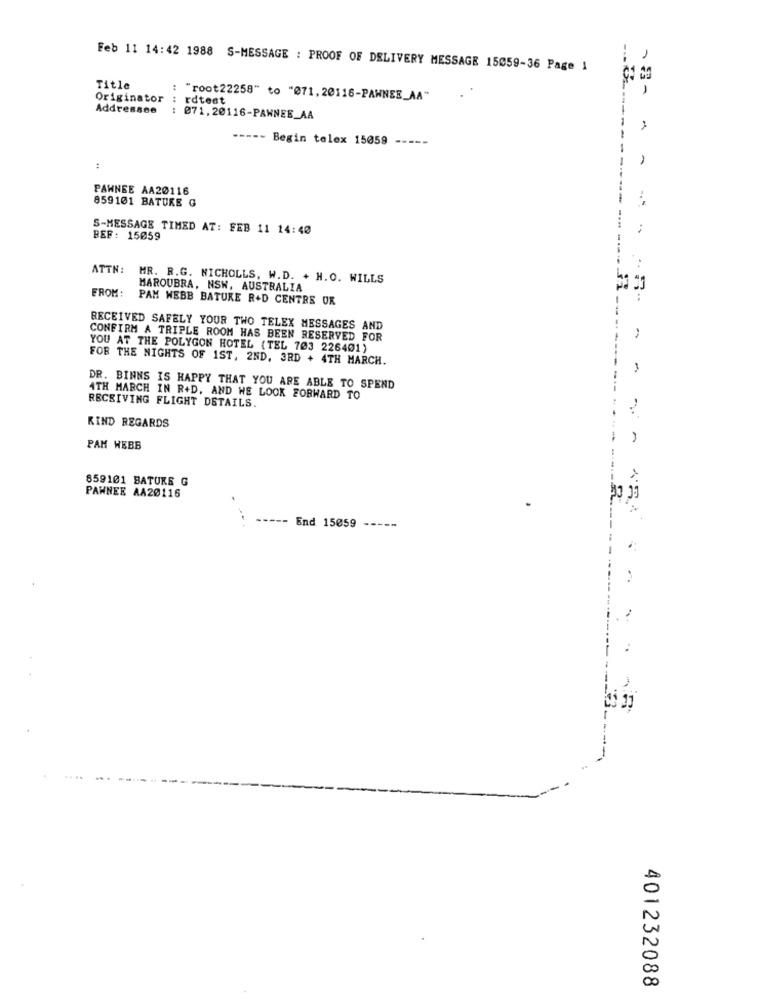
1
Feb 11 14:42 1988 S-MESSAGE : PROOF OF DELIVERY MESSAGE 15059-36 Page 1
Title
Originator : rdtest
: "root22258" to "071,20116-PAWNEE_AA"
Addressee
: 071,20116-PAWNEE_AA
----- Begin telex 15059 -----
PAWNEE AA20116
859101 BATURE G
S-MESSAGE TIMED AT: FEB 11 14:40
:
BEF: 15059
ATTN: MR. R.G. NICHOLLS, W.D. + H.O. WILLS
FROM:
MAROUBRA, NSW, AUSTRALIA
PAM WEBB BATURE R+D CENTRE OR
RECEIVED SAFELY YOUR TWO TELEX MESSAGES AND
CONFIRM A TRIPLE ROOM HAS BEEN RESERVED FOR
YOU AT THE POLYGON HOTEL (TEL 703 226401)
FOR THE NIGHTS OF 1ST, 2ND, 3RD + 4TH MARCH.
-
DR. BINNS IS HAPPY THAT YOU ARE ABLE TO SPEND
4TH MARCH IN R+D, AND WE LOOK FORWARD TO
RECEIVING FLIGHT DETAILS.
KIND REGARDS
PAM WEBB
859101 BATURS G
PAWNEE AA20116
End 15059
401232088